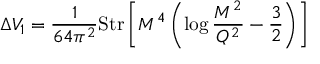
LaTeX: \Delta { V _ { 1 } } = \frac { 1 } { 6 4 { \pi ^ { 2 } } } \mathrm { S t r } \left[ { \cal M } ^ { 4 } \left( \log { \frac { { \cal M } ^ { 2 } } { Q ^ { 2 } } } - \frac { 3 } { 2 } \right) \right]